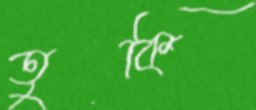
তুকি